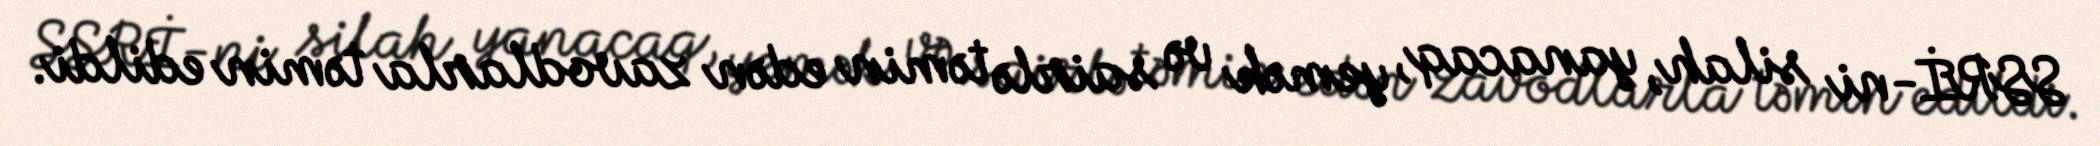
SSRİ-ni silah, yanacaq, yemək və sairlə təmin edən zavodlarla təmin edildi.